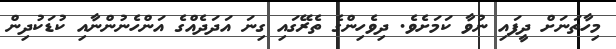
މިހާތަނަށް ދީފައި ނުވާ ކަމަށެވެ. ދިވެހިންގެ ތެރޭގައި ގިނަ އަދަދެއްގެ އަންހެނުންނާއި ކުޑަކުދިން